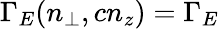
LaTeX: \Gamma_{E}(n_{\perp},cn_{z})=\Gamma_{E}